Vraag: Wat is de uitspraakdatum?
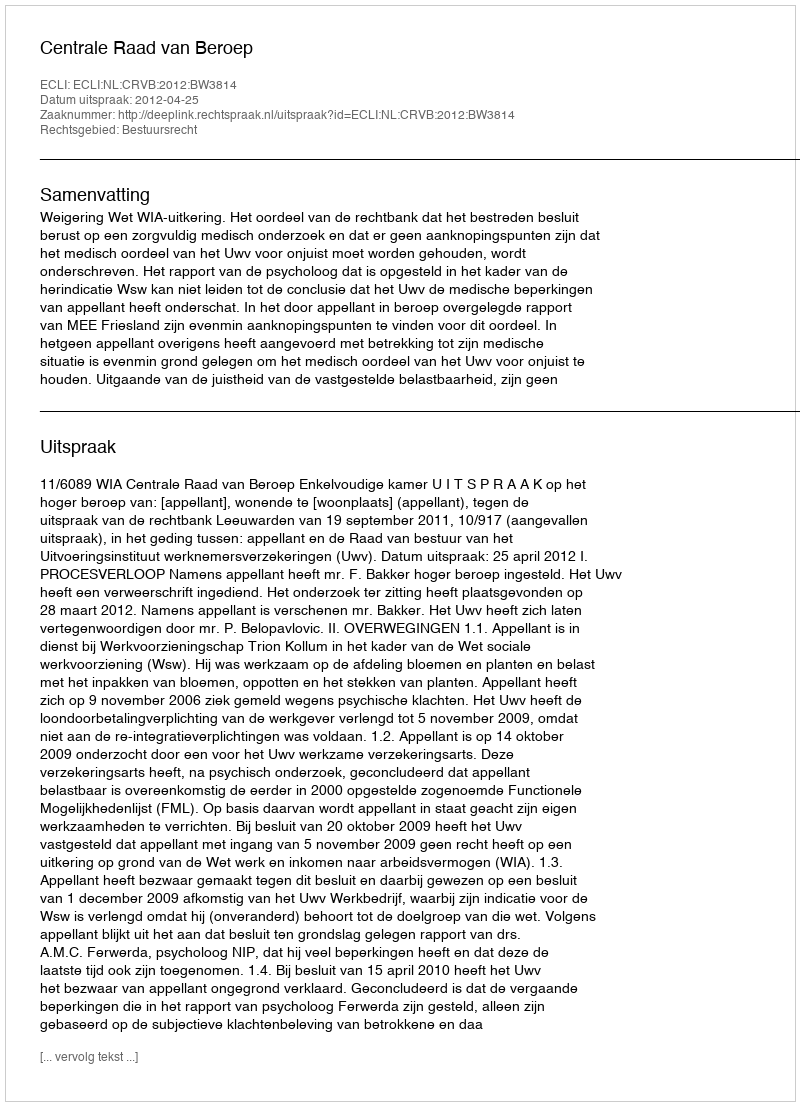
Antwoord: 2012-04-25